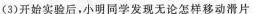
(3)开始实验后，小明同学发现无论怎样移动滑片